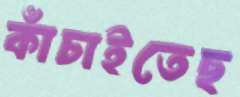
কাঁচাইতেছ